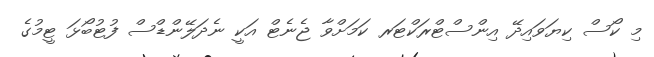
މި ކޯސް ކިޔަވައިދޭ އިންސްޓްރަކްޓަރ ކަމަށްވާ ޖެނެޓް އަކީ ނެދަލޭންޑްސް ފުޓުބޯޅަ ޓީމުގެ